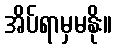
အိပ်ရာမှမနိုး။